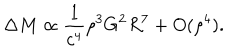
\Delta M \propto \frac { 1 } { c ^ { 4 } } \rho ^ { 3 } G ^ { 2 } R ^ { 7 } + O ( \rho ^ { 4 } ) .